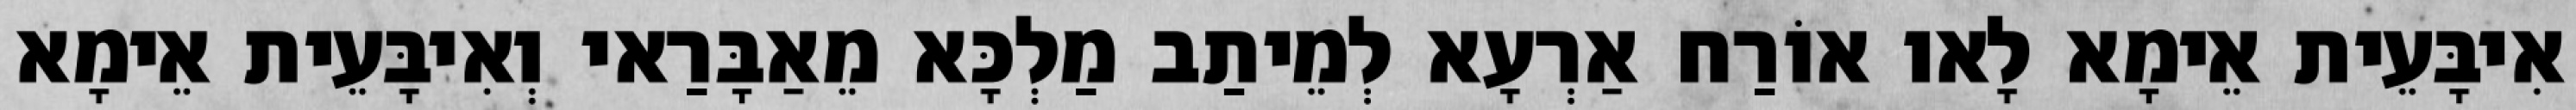
אִיבָּעֵית אֵימָא לָאו אוֹרַח אַרְעָא לְמֵיתַב מַלְכָּא מֵאַבָּרַאי וְאִיבָּעֵית אֵימָא